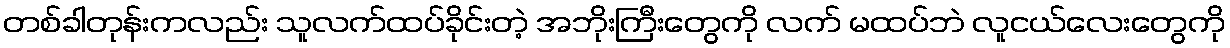
တစ်ခါတုန်းကလည်း သူလက်ထပ်ခိုင်းတဲ့ အဘိုးကြီးတွေကို လက် မထပ်ဘဲ လူငယ်လေးတွေကို